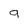
Character: 9